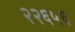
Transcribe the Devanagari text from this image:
२२६५६